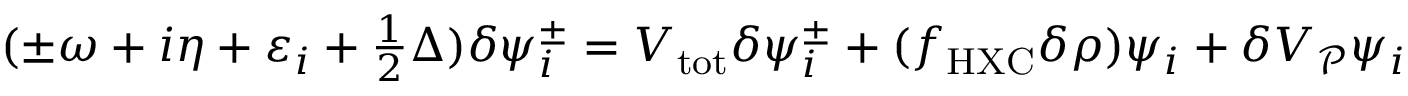
\begin{array} { r } { ( \pm \omega + i \eta + \varepsilon _ { i } + \frac 1 2 \Delta ) \delta \psi _ { i } ^ { \pm } = V _ { \mathrm { t o t } } \delta \psi _ { i } ^ { \pm } + ( f _ { \mathrm { H X C } } \delta \rho ) \psi _ { i } + \delta V _ { \mathcal P } \psi _ { i } } \end{array}